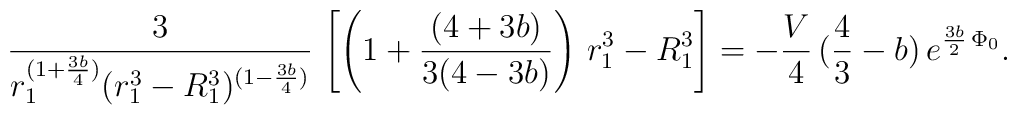
{ 3 \over r_1^{ ( 1 + { 3 b \over 4})} (r_1^3 - R_1^3)^{ ( 1 - { 3 b \over 4})} }\,\left[ \left( 1 +  {(4 + 3 b) \over 3(4 - 3 b)} \right) \, r_1^3 - R_1^3 \right] = - { V \over 4 } \, ( {4 \over 3 } - b) \, e^{ { 3b \over 2 } \, \Phi_0} .